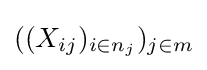
((X_{ij})_{i\in n_{j}})_{j\in m}